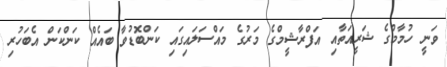
ވަނީ ހުމާމްގެ ޝަރީއަތާއި އަފްރާޝީމްގެ މަރުގެ މައްސަލައިގައި ކަންބޮޑުވާ ބައެއް ކަންކަން އެބަހުރި